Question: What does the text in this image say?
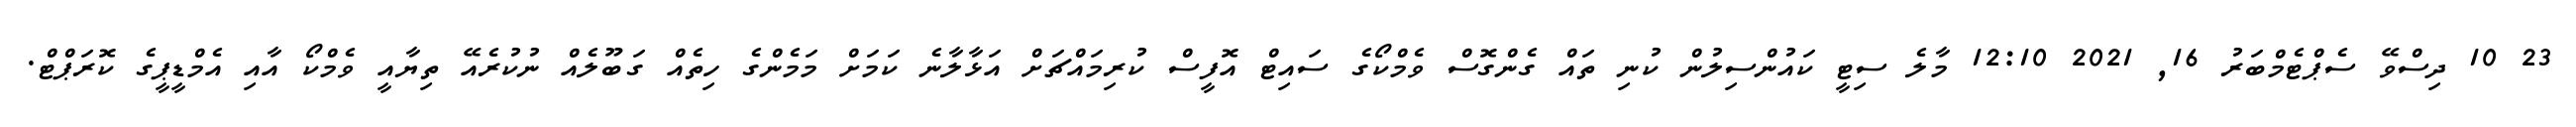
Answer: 23 10 ދިސްވޭ ސެޕްޓެމްބަރު 16, 2021 12:10 މާލެ ސިޓީ ކައުންސިލުން ކުނި ތައް ގެންގޮސް ވެމްކޯގެ ސައިޓް އޮފީސް ކުރިމައްޗަށް އަޅާލާނެ ކަމަށް މަމެންގެ ހިތެއް ގަބޫލެއް ނުކުރެއޭ ތިޔާއީ ވެމްކޯ އާއި އެމްޑީޕީގެ ކޮރަޕްޓް.